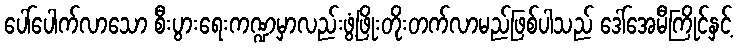
ပေါ်ပေါက်လာသော စီးပွားရေးကဏ္ဍမှာလည်းဖွံ့ဖြိုးတိုးတက်လာမည်ဖြစ်ပါသည် ဒေါ်အေမီကြိုင်နှင့်